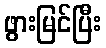
ဖွားမြင်ပြီး